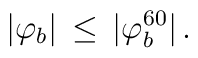
|\varphi_b| \, \leq \, |\varphi_b^{60}| \, .